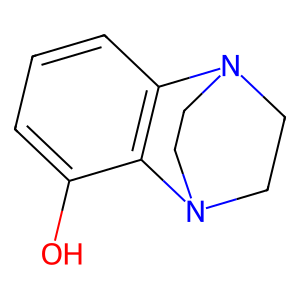
SMILES: Oc1cccc2c1N1CCN2CC1
Inhibits HIV replication: No